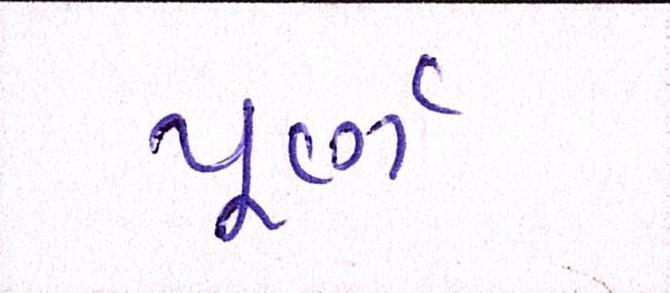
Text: પૂર્ણ